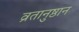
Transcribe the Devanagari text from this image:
व्रतानुष्ठान